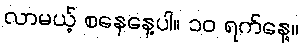
လာမယ့် စနေနေ့ပါ။ ၁၀ ရက်နေ့။